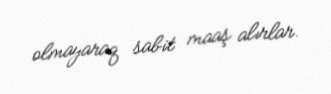
olmayaraq sabit maaş alırlar.